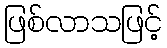
ဖြစ်လာသဖြင့်